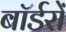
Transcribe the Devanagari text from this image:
बॉर्डरों